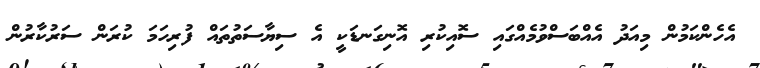
އެހެންކަމުން މިއަދު އެއްބަސްވުމެއްގައި ސޮއިކުރި އޮނިގަނޑަކީ އެ ސިޔާސަތުތައް ފުރިހަމަ ކުރަން ސަރުކާރުން